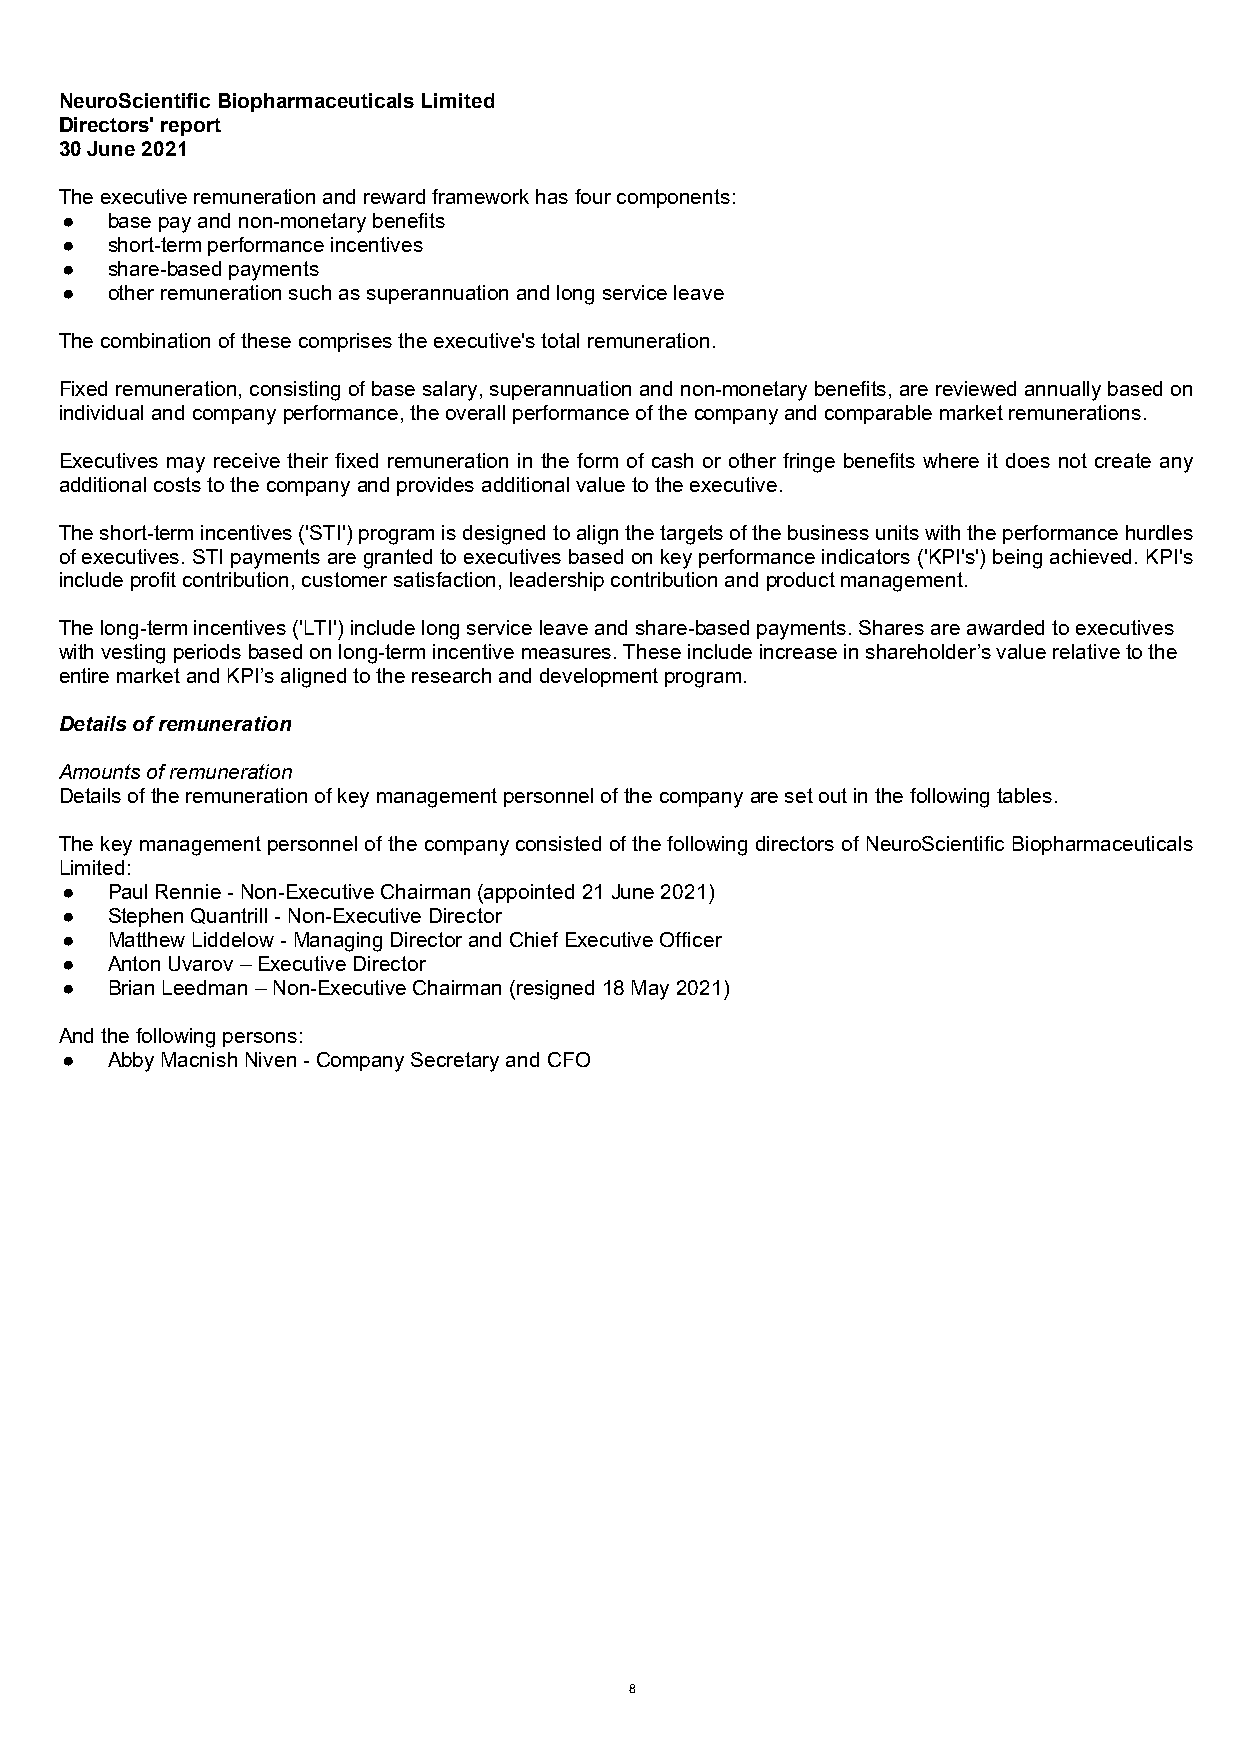
NeuroScientific Biopharmaceuticals Limited
 Directors' report
 30 June 2021
 The executive remuneration and reward framework has four components:
 ●  base pay and non-monetary benefits
 ●  short-term performance incentives
 ●  share-based payments
 ●  other remuneration such as superannuation and long service leave
 The combination of these comprises the executive's total remuneration.
 Fixed remuneration, consisting of base salary, superannuation and non-monetary benefits, are reviewed annually based on
 individual and company performance, the overall performance of the company and comparable market remunerations.
 Executives may receive their fixed remuneration in the form of cash or other fringe benefits where it does not create any
 additional costs to the company and provides additional value to the executive.
 The short-term incentives ('STI') program is designed to align the targets of the business units with the performance hurdles
 of executives. STI payments are granted to executives based on key performance indicators ('KPI's') being achieved. KPI's
 include profit contribution, customer satisfaction, leadership contribution and product management.
 The long-term incentives ('LTI') include long service leave and share-based payments. Shares are awarded to executives
 with vesting periods based on long-term incentive measures. These include increase in shareholder’s value relative to the
 entire market and KPI’s aligned to the research and development program.
 Details of remuneration
 Amounts of remuneration
 Details of the remuneration of key management personnel of the company are set out in the following tables.
 The key management personnel of the company consisted of the following directors of NeuroScientific Biopharmaceuticals
 Limited:
 ●  Paul Rennie - Non-Executive Chairman (appointed 21 June 2021)
 ●  Stephen Quantrill - Non-Executive Director
 ●  Matthew Liddelow - Managing Director and Chief Executive Officer
 ●  Anton Uvarov – Executive Director
 ●  Brian Leedman – Non-Executive Chairman (resigned 18 May 2021)
 And the following persons:
 ●  Abby Macnish Niven - Company Secretary and CFO
 8